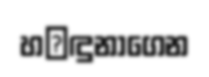
හ෾ඳුනාගෙන